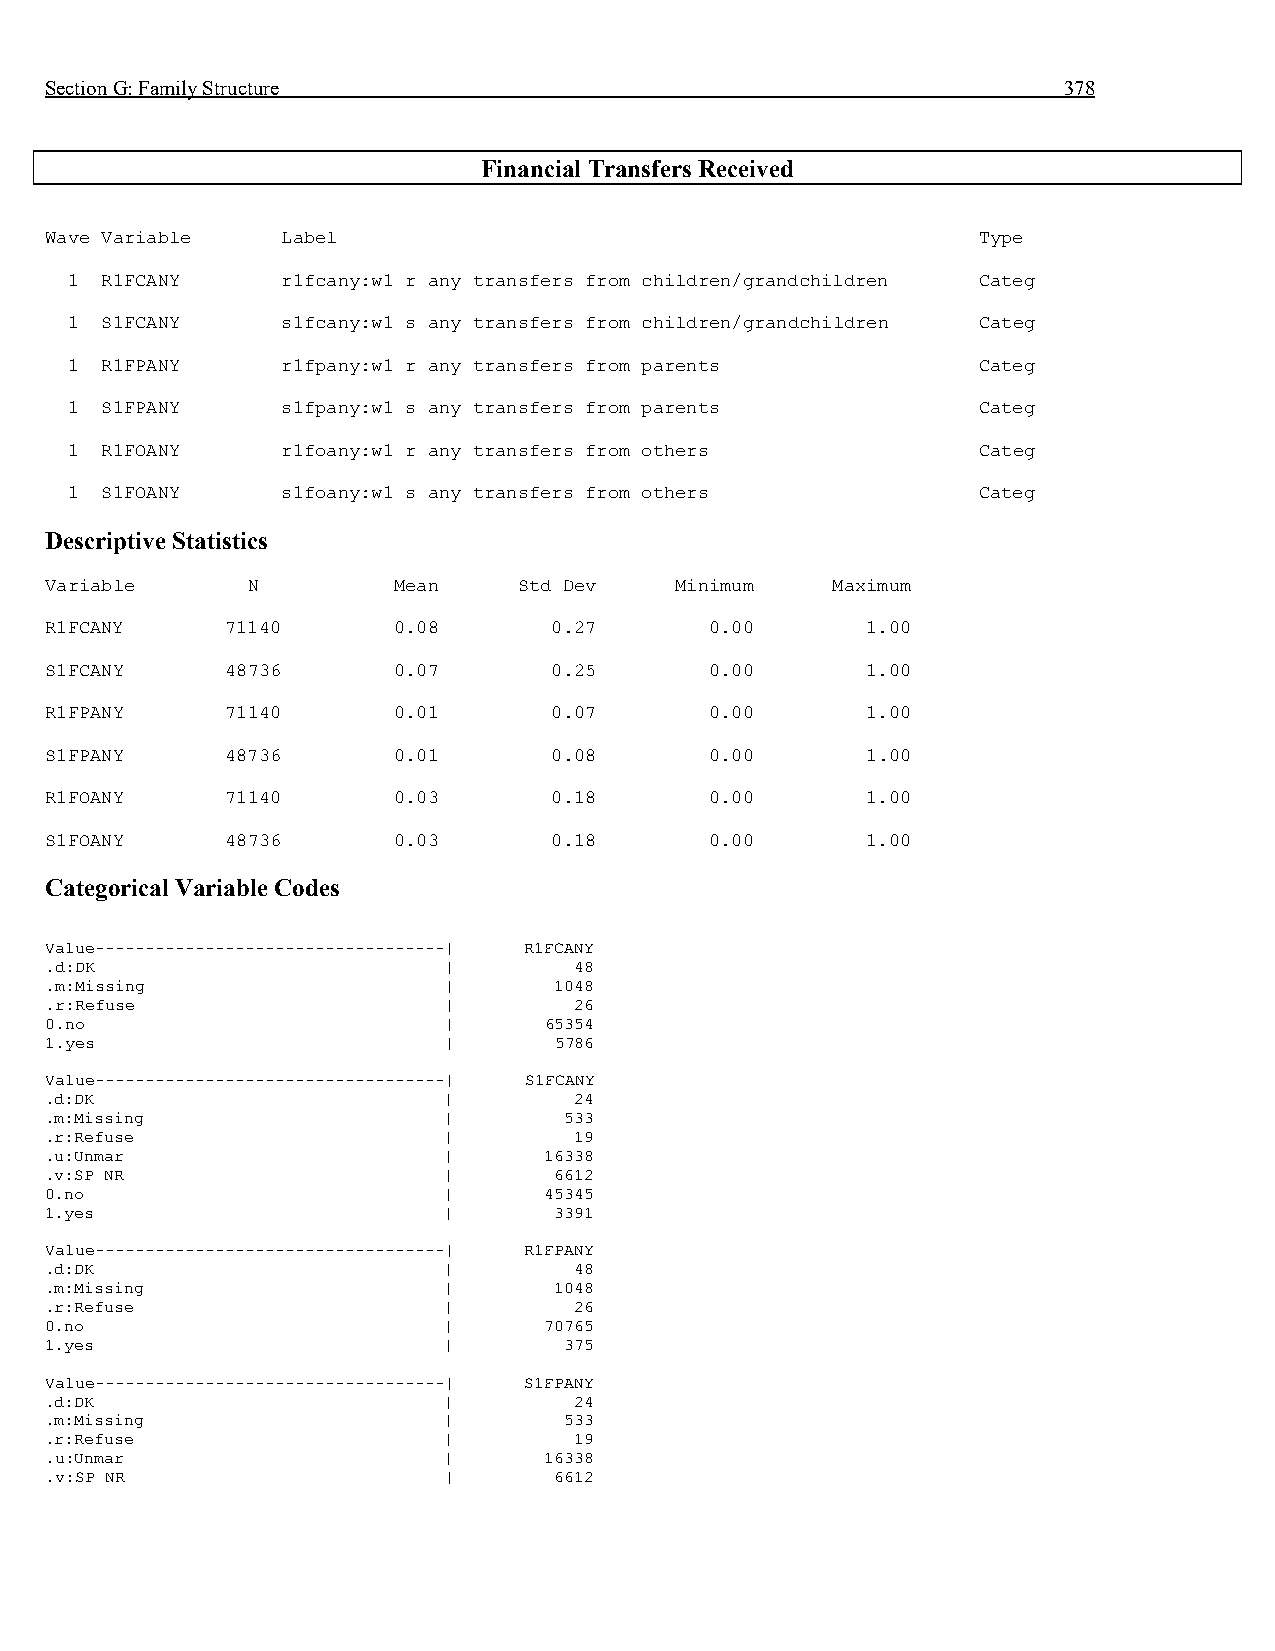
Section G: Family Structure                                        378
 Financial Transfers Received
 Wave Variable   Label                                         Type
 1  R1FCANY     r1fcany:w1 r any transfers from children/grandchildren Categ
 1  S1FCANY     s1fcany:w1 s any transfers from children/grandchildren Categ
 1  R1FPANY     r1fpany:w1 r any transfers from parents       Categ
 1  S1FPANY     s1fpany:w1 s any transfers from parents       Categ
 1  R1FOANY     r1foany:w1 r any transfers from others        Categ
 1  S1FOANY     s1foany:w1 s any transfers from others        Categ
 Descriptive Statistics
 Variable     N         Mean    Std Dev    Minimum   Maximum
 R1FCANY     71140      0.08      0.27       0.00      1.00
 S1FCANY     48736      0.07      0.25       0.00      1.00
 R1FPANY     71140      0.01      0.07       0.00      1.00
 S1FPANY     48736      0.01      0.08       0.00      1.00
 R1FOANY     71140      0.03      0.18       0.00      1.00
 S1FOANY     48736      0.03      0.18       0.00      1.00
 Categorical Variable Codes
 Value-----------------------------------| R1FCANY
 .d:DK                     |        48
 .m:Missing                |       1048
 .r:Refuse                 |        26
 0.no                      |      65354
 1.yes                     |       5786
 Value-----------------------------------| S1FCANY
 .d:DK                     |        24
 .m:Missing                |       533
 .r:Refuse                 |        19
 .u:Unmar                  |      16338
 .v:SP NR                  |       6612
 0.no                      |      45345
 1.yes                     |       3391
 Value-----------------------------------| R1FPANY
 .d:DK                     |        48
 .m:Missing                |       1048
 .r:Refuse                 |        26
 0.no                      |      70765
 1.yes                     |       375
 Value-----------------------------------| S1FPANY
 .d:DK                     |        24
 .m:Missing                |       533
 .r:Refuse                 |        19
 .u:Unmar                  |      16338
 .v:SP NR                  |       6612